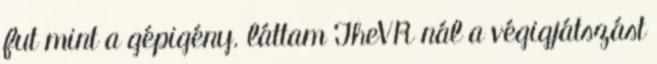
fut mint a gépigény. láttam TheVR nál a végigjátszást